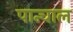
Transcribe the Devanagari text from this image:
पान्चाल